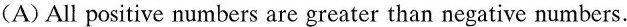
(A)All positive numbers are greater than negative numbers.